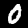
Digit: 0